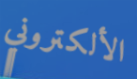
الألكتروني